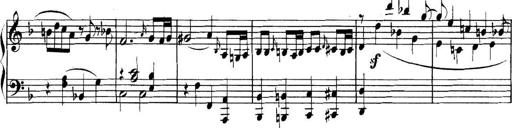
Title: Collected Piano Sonatas
Composer: Muzio Clementi